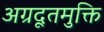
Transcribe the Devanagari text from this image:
अग्रदूतमुक्ति